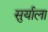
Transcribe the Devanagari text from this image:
सुर्याला